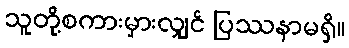
သူတို့စကားမှားလျှင် ပြဿနာမရှိ။